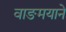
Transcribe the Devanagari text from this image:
वाङमयाने